Report of the Indian Hemp Drugs Commission, 1894-1895 - Volume VI
Year: 1894
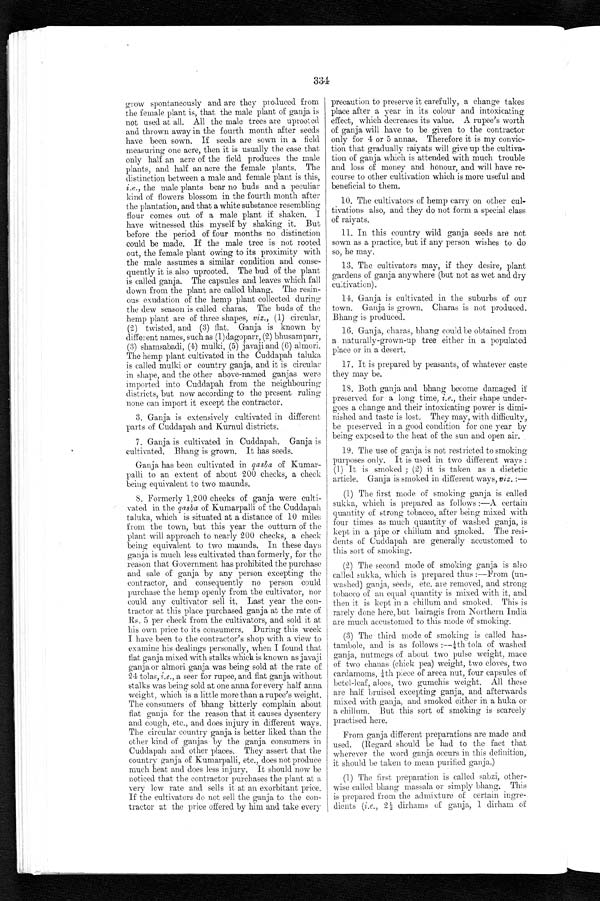
334
grow spontaneously and are they produced from
the female plant is, that the male plant of ganja is
not used at all. All the male trees are uprooted
and thrown away in the fourth month after seeds
have been. sown. If seeds are sown in a field
measuring one acre, then it is usually the case that
only half an acre of the field produces the male
plants, and half an acre the female plants. The
distinction between a male and female plant is this,
i.e., the male plants bear no buds and a peculiar
kind of flowers blossom in the fourth month after
the plantation, and that a white substance resembling
flour comes out of a male plant if shaken. I
have witnessed this myself by shaking it. But
before the period of four months no distinction
could be made. If the male tree is not rooted
out, the female plant owing to its proximity with
the male assumes a similar condition and conse-
quently it is also uprooted. The bud of the plant
is called ganja. The capsules and leaves which fall
down from the plant are called bhang. The resin
- ous exudation of the hemp plant collected during
the dew season is called charas. The buds of the
hemp plant are of three shapes, viz., (1) circular,
(2) twisted, and (3) flat. Ganja is known by
different names, such as (1)dagoparr, (2) bhusamparr,
(3)
shamsabadi, (4) mulki, (5) javaji and (6) almori.
The hemp plant cultivated in the Cuddapah taluka
is called mulki or country ganja, and it is circular
in shape, and the other above-named ganjas were
im ported into Cuddapah from the neighbouring
districts, but now according to the present ruling
none can import it except the contractor.
3. Ganja is extensively cultivated in different
parts of Cuddapah and Kurnul districts.
7. Ganja is cultivated in Cuddapah. Ganja is
cultivated. Bhang is grown. It has seeds.
Ganja has been cultivated in gasba of Kumar- -
palli to an extent of about 200 checks, a check
being equivalent to two maunds.
8. Formerly 1,200 checks of ganja were culti-
- v a t e d i n t h e
g a
s b a
o f K u m a r p a l l i o f t h e C u d d a p a h
taluka, which is situated at a distance of 10 miles
from the town, but this year the outturn of the
plant will approach to nearly 200 checks, a check
being equivalent to two maunds. In these days
ganja is much less cultivated than formerly, for the
reason that Government has prohibited the purchase
and sale of ganja by any person excepting the
contractor, and consequently no person could
purchase the hemp openly from the cultivator, nor
could any cultivator sell it. Last year the con
- t r a c t o r a t t h i s p l a c e p u r c h a s e d g a n j a a t t h e r a t e o f
Rs. 5 per check from the cultivators, and sold it at
his own price to its consumers. During this week
I have been to the contractor's shop with a view to
examine his dealings personally, when I found that
flat ganja mixed with stalks which is known as javaji
ganja or almori ganja was being sold at the rate of
24 tolas, i.e., a seer for rupee, and flat ganja without
stalks was being sold at one anna for every half anna
weight, which is a little more than a rupee's weight.
The consumers of bhang bitterly complain about
flat ganja for the reason that it causes dysentery
and cough, etc., and does injury in different ways.
The circular country ganja is better liked than the
other kind of ganjas by the ganja consumers in
Cuddapah and other places. They assert that the
country ganja of Kumarpalli, etc., does not produce
much heat and does less injury. It should now be
noticed that the contractor purchases the plant at a
very low rate and sells it at an exorbitant price.
If the cultivators do not sell the ganja to the con-
tractor at the price offered by him and take every
precaution to preserve it carefully, a change takes
place after a year in its colour and intoxicating
effect, which decreases its value. A rupee's worth
of ganja will have to be given to the contractor
only for 4 or 5 annas. Therefore it is my convic- -
tion that gradually raiyats will give up the cultiva
- t i o n o f g a n j a w h i c h i s a t t e n d e d w i t h m u c h t r o u b l e
and loss of money and honour, and will have re--
course to other cultivation which is more useful and
beneficial to them.
10. The cultivators of hemp carry on other cul-
- t i v a t i o n s a l s o , a n d t h e y d o n o t f o r m a s p e c i a l c l a s s
of raiyats.
1 1 . I n t h i s c o u n t r y w i l d g a n j a s e e d s a r e n o t
sown as a practice, but if any person wishes to do
so, he may.
13. The cultivators may, if they desire, plant
gardens of ganja anywhere (but not as wet and dry
cultivation).
14. Ganja is cultivated in the suburbs of our
town. Ganja is grown. Charas is not produced.
Bhang is produced.
16. Ganja, charas, bhang could be obtained from
a naturally-grown-up tree either in a populated
place or in a desert.
17. It is prepared by peasants, of whatever caste
they may be.
18. Both ganja and bhang become damaged if
preserved for a long time, i.e., their shape under-
-goes a change and their intoxicating power is dimi--
nished and taste is lost. They may, with difficulty.,
be preserved in a good condition for one year by
being exposed to the heat of the sun and open air.
19. The use of ganja is not restricted to smoking
purposes only. It is used in two different ways:
(1) It is smoked; (2) it is taken as a dietetic
article. Ganja is smoked in different ways, viz.: —
1. The first mode of smoking ganja is called
sukka, which is prepared as follows :—A certain
quantity of strong tobacco, after being mixed with
four times as much quantity of washed ganja, is
kept in a pipe or chillum and smoked. The resi-
- d e n t s o f C u d d a p a h a r e g e n e r a l l y a c c u s t o m e d t o
this sort of smoking.
2. The second mode of smoking ganja is also
called sukka, which is prepared thus:—From (un
- w a s h e d ) g a n j a , s e e d s , e t c . a r e r e m o v e d , a n d s t r o n g
tobacco of an equal quantity is mixed with it, and
then it is kept in a chillum and smoked. This is
rarely done here, but bairagis from Northern India
are much accustomed to this mode of smoking.
3. The third mode of smoking is called has-
- t a m b o l e , a n d i s a s f o l l o w s : - - ¼ t h t o l a o f w a s h e d
ganja, nutmegs of about two pulse weight, mace
of two chanas (chick pea) weight, two cloves, two
car damoms , ¼t h pi ece of ar eca nut , f our caps ul es of
bet el -l eaf, al oes, t wo gumchi s wei ght . Al l t hese
are half bruised excepting ganja, and afterwards
mixed with ganja, and smoked either in a huka or
a chillum. But this sort of smoking is scarcely
practised here.
From ganja different preparations are made and
used. (Regard should be had to the fact that
wherever the word ganja occurs in this definition,
it should be taken to mean purified ganja.)
(1) The first preparation is called sabzi, other--
wise called bhang massala or simply bhang. This
is prepared from the admixture of certain ingre--
dients (i.e.. 2½ dirhams of ganja, 1 dirham of